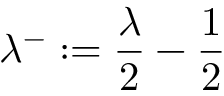
\lambda ^ { - } : = \frac { \lambda } { 2 } - \frac { 1 } { 2 }